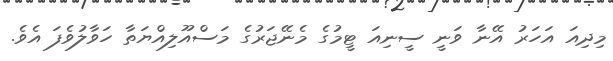
މިދިއަ އަހަރު އޭނާ ވަނީ ސީނިއަ ޓީމުގެ މެނޭޖަރުގެ މަސްއޫލިއްޔަތާ ހަވާލުވެފަ އެވެ.